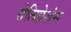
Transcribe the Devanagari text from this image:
सेलिब्रेशंस